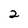
Character: 2